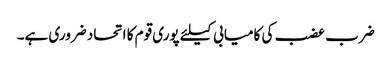
ضرب عضب کی کامیابی کیلئے پوری قوم کا اتحاد ضروری ہے۔